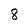
Character: 8